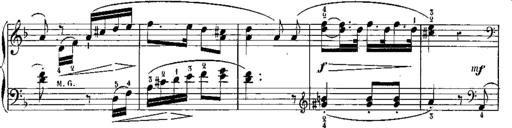
Title: 6 Sonatines
Composer: Albert Lavignac
Key: C major
 G major
 D major
 A minor
 F major
 B-flat major